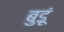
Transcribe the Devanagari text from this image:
बुडूं